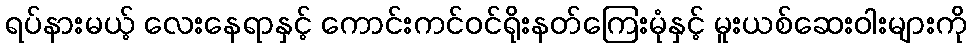
ရပ်နားမယ့် လေးနေရာနှင့် ကောင်းကင်ဝင်ရိုးနတ်ကြေးမုံနှင့် မူးယစ်ဆေးဝါးများကို